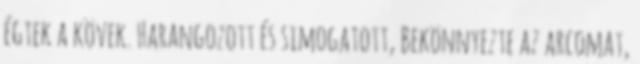
égtek a kövek. Harangozott és simogatott, Bekönnyezte az arcomat,